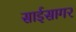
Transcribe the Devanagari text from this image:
साईसागर